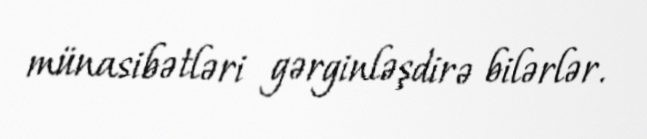
münasibətləri gərginləşdirə bilərlər.